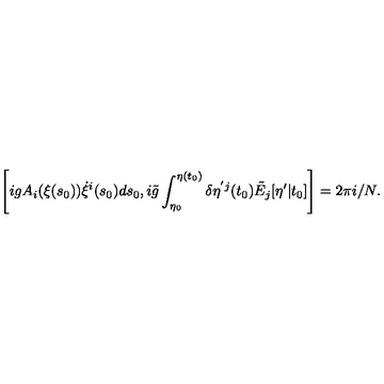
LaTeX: \left[ i g A _ { i } ( \xi ( s _ { 0 } ) ) \dot { \xi } ^ { i } ( s _ { 0 } ) d s _ { 0 } , i \tilde { g } \int _ { \eta _ { 0 } } ^ { \eta ( t _ { 0 } ) } \delta \eta ^ { ' j } ( t _ { 0 } ) \tilde { E } _ { j } [ \eta ^ { \prime } | t _ { 0 } ] \right] = 2 \pi i / N .